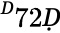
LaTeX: ^Ḋ72Ḍ